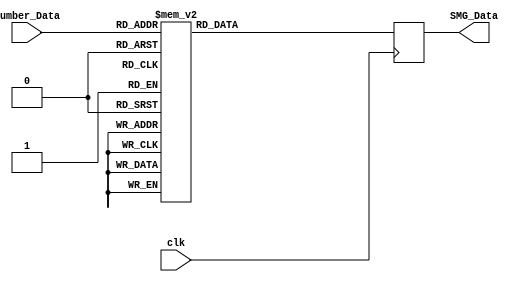
module smg_encode_module (
    input        clk,
    input  [3:0] Number_Data,
    output [7:0] SMG_Data
);

  parameter charL=8'b1100_0111,charE=8'b1000_0110,charV=8'b1100_0001,charA=8'b1000_1000,charD=8'b1100_0000,cline=8'b1111_0111;
  parameter _0 = 8'b1100_0000, _1 = 8'b1111_1001, _2 = 8'b1010_0100, 
           _3 = 8'b1011_0000, _4 = 8'b1001_1001, _5 = 8'b1001_0010, 
           _6 = 8'b1000_0010, _7 = 8'b1111_1000, _8 = 8'b1000_0000,
           _9 = 8'b1001_0000;
  reg [7:0] rSMG;
  assign SMG_Data = rSMG;
  always @(posedge clk) begin
    case (Number_Data)
      4'd0:  rSMG <= _0;
      4'd1:  rSMG <= _1;
      4'd2:  rSMG <= _2;
      4'd3:  rSMG <= _3;
      4'd4:  rSMG <= _4;
      4'd5:  rSMG <= _5;
      4'd6:  rSMG <= _6;
      4'd7:  rSMG <= _7;
      4'd8:  rSMG <= _8;
      4'd9:  rSMG <= _9;
      4'd10: rSMG <= charL;
      4'd11: rSMG <= charE;
      4'd12: rSMG <= charV;
      4'd13: rSMG <= charA;
      4'd14: rSMG <= charD;
      4'd15: rSMG <= cline;
    endcase
  end
endmodule